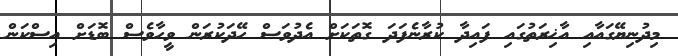
މިދުނިޔޭގައާއި އާޚިރަތުގައި ފައިދާ ކުރާނެފަދަ ގޮތަކަށް އެދުވަސް ހޭދަކުރަން ވީހާވެސް ބޮޑަށް އިސްކަން